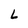
Character: L